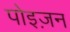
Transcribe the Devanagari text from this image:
पोइज़न